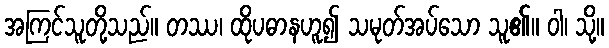
အကြင်သူတို့သည်။ တဿ၊ ထိုပဓာနဟူ၍ သမုတ်အပ်သော သူ၏။ ဝါ၊ သို့။